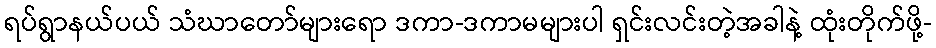
ရပ်ရွာနယ်ပယ် သံဃာတော်များရော ဒကာ-ဒကာမများပါ ရှင်းလင်းတဲ့အခါနဲ့ ထုံးတိုက်ဖို့-